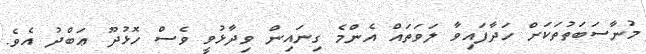
މުނާސަބަތުތަކަށް ހަދާފައިވާ ލަވަތައް އެންމެ ގިނައިން ވިދާޅުވީ ވެސް ހޮޅުދޫ ޢަބްދު އެވެ.